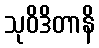
သုဝိဒိတာနိ